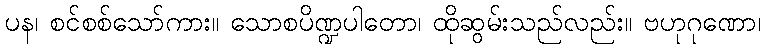
ပန၊ စင်စစ်သော်ကား။ သောစပိဏ္ဍပါတော၊ ထိုဆွမ်းသည်လည်း။ ဗဟုဂုဏော၊